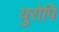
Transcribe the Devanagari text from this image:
युरोपि